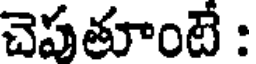
చెపతూంటే :